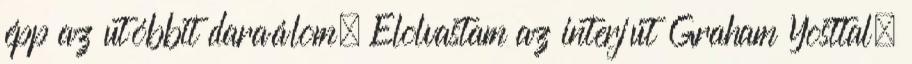
épp az utóbbit daraálom. Elolvastam az interjút Graham Yosttal,